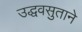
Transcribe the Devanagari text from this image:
उद्धवसुताने